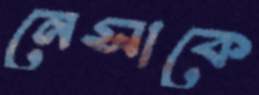
নেসাকে